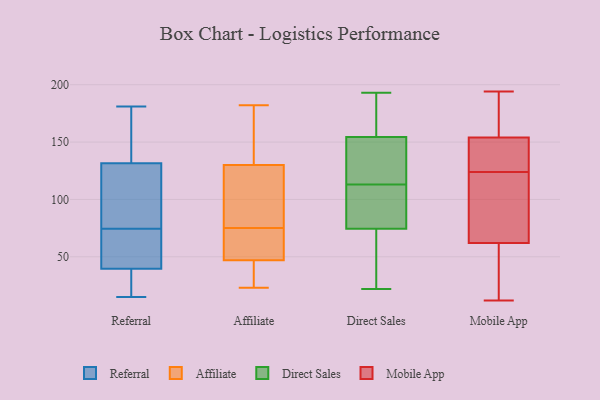
{"axis": {"x": "Budget (USD K)", "y": "Value"}, "legend": ["Affiliate", "Direct Sales", "Mobile App", "Referral"], "data": [{"x": "", "y": 111, "type": "Referral"}, {"x": "", "y": 181, "type": "Referral"}, {"x": "", "y": 86, "type": "Referral"}, {"x": "", "y": 49, "type": "Referral"}, {"x": "", "y": 15, "type": "Referral"}, {"x": "", "y": 30, "type": "Referral"}, {"x": "", "y": 150, "type": "Referral"}, {"x": "", "y": 63, "type": "Referral"}, {"x": "", "y": 84, "type": "Referral"}, {"x": "", "y": 20, "type": "Referral"}, {"x": "", "y": 179, "type": "Referral"}, {"x": "", "y": 79, "type": "Referral"}, {"x": "", "y": 70, "type": "Referral"}, {"x": "", "y": 167, "type": "Referral"}, {"x": "", "y": 113, "type": "Referral"}, {"x": "", "y": 161, "type": "Referral"}, {"x": "", "y": 69, "type": "Referral"}, {"x": "", "y": 61, "type": "Referral"}, {"x": "", "y": 15, "type": "Referral"}, {"x": "", "y": 16, "type": "Referral"}, {"x": "", "y": 130, "type": "Affiliate"}, {"x": "", "y": 45, "type": "Affiliate"}, {"x": "", "y": 66, "type": "Affiliate"}, {"x": "", "y": 43, "type": "Affiliate"}, {"x": "", "y": 79, "type": "Affiliate"}, {"x": "", "y": 131, "type": "Affiliate"}, {"x": "", "y": 47, "type": "Affiliate"}, {"x": "", "y": 52, "type": "Affiliate"}, {"x": "", "y": 178, "type": "Affiliate"}, {"x": "", "y": 108, "type": "Affiliate"}, {"x": "", "y": 182, "type": "Affiliate"}, {"x": "", "y": 71, "type": "Affiliate"}, {"x": "", "y": 23, "type": "Affiliate"}, {"x": "", "y": 128, "type": "Affiliate"}, {"x": "", "y": 34, "type": "Direct Sales"}, {"x": "", "y": 88, "type": "Direct Sales"}, {"x": "", "y": 152, "type": "Direct Sales"}, {"x": "", "y": 89, "type": "Direct Sales"}, {"x": "", "y": 150, "type": "Direct Sales"}, {"x": "", "y": 82, "type": "Direct Sales"}, {"x": "", "y": 185, "type": "Direct Sales"}, {"x": "", "y": 162, "type": "Direct Sales"}, {"x": "", "y": 127, "type": "Direct Sales"}, {"x": "", "y": 171, "type": "Direct Sales"}, {"x": "", "y": 91, "type": "Direct Sales"}, {"x": "", "y": 113, "type": "Direct Sales"}, {"x": "", "y": 52, "type": "Direct Sales"}, {"x": "", "y": 193, "type": "Direct Sales"}, {"x": "", "y": 119, "type": "Direct Sales"}, {"x": "", "y": 47, "type": "Direct Sales"}, {"x": "", "y": 22, "type": "Direct Sales"}, {"x": "", "y": 149, "type": "Mobile App"}, {"x": "", "y": 79, "type": "Mobile App"}, {"x": "", "y": 27, "type": "Mobile App"}, {"x": "", "y": 75, "type": "Mobile App"}, {"x": "", "y": 154, "type": "Mobile App"}, {"x": "", "y": 145, "type": "Mobile App"}, {"x": "", "y": 178, "type": "Mobile App"}, {"x": "", "y": 173, "type": "Mobile App"}, {"x": "", "y": 194, "type": "Mobile App"}, {"x": "", "y": 103, "type": "Mobile App"}, {"x": "", "y": 113, "type": "Mobile App"}, {"x": "", "y": 12, "type": "Mobile App"}, {"x": "", "y": 137, "type": "Mobile App"}, {"x": "", "y": 22, "type": "Mobile App"}, {"x": "", "y": 62, "type": "Mobile App"}, {"x": "", "y": 25, "type": "Mobile App"}, {"x": "", "y": 184, "type": "Mobile App"}, {"x": "", "y": 135, "type": "Mobile App"}]}